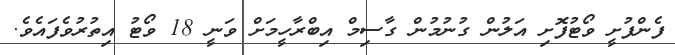
ފެންފުށީ ވޯޓުފޮށި އަލުން ގުނުމުން ގާސިމް އިބްރާހީމަށް ވަނީ 18 ވޯޓު އިތުރުވެފައެވެ.